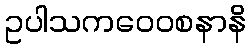
ဥပါသကဝေဝစနာနိ